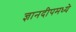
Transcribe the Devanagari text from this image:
ज्ञानदीपमध्ये